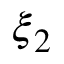
\boldsymbol { \xi } _ { 2 }